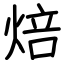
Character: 焙